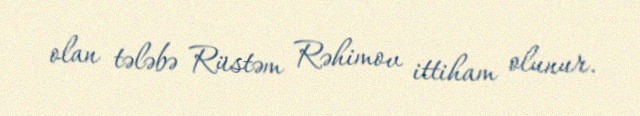
olan tələbə Rüstəm Rəhimov ittiham olunur.